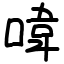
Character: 喡